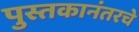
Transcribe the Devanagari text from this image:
पुस्तकानंतरचे